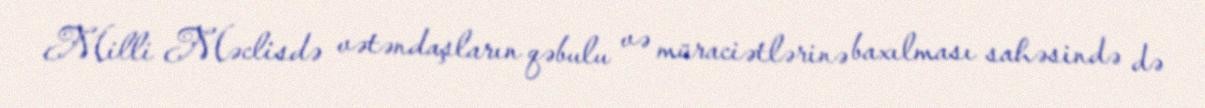
Milli Məclisdə vətəndaşların qəbulu və müraciətlərinə baxılması sahəsində də